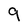
Character: 9